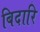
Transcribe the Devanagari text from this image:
बिदारि